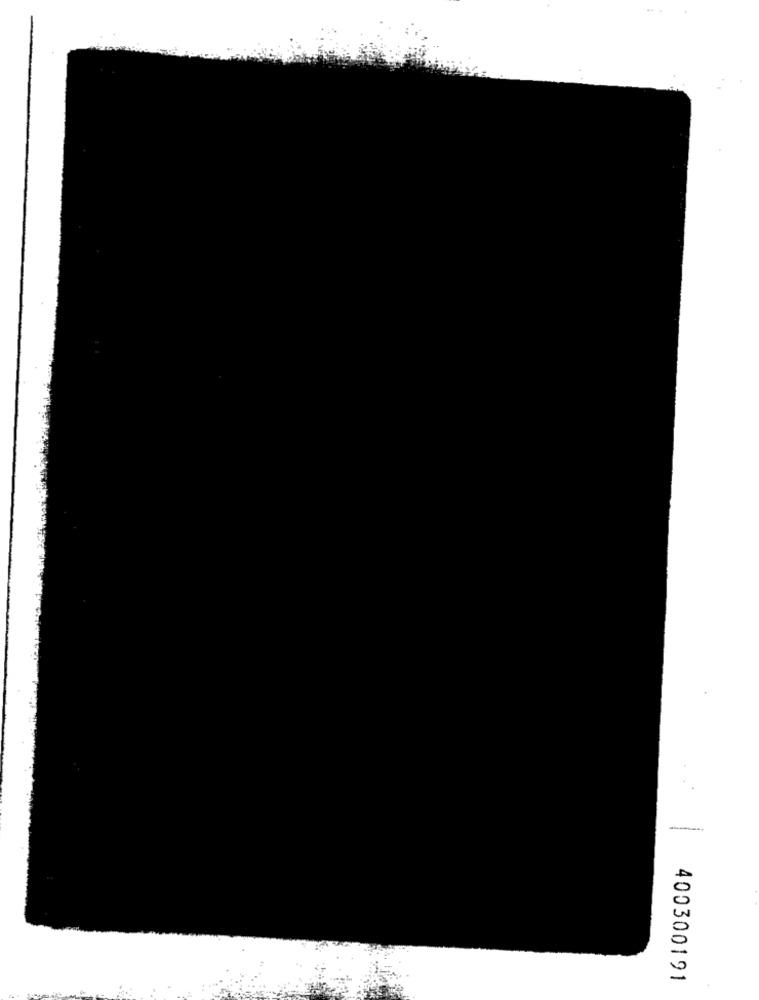
400300191